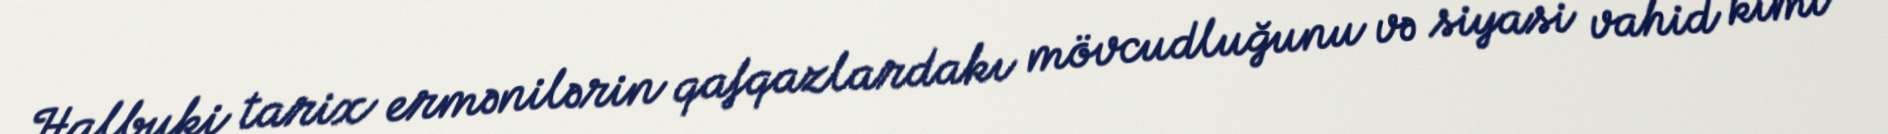
Halbuki tarix ermənilərin qafqazlardakı mövcudluğunu və siyasi vahid kimi